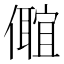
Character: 𠐅